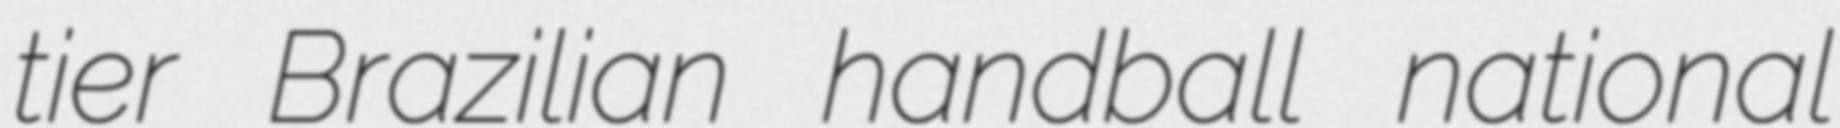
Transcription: tier Brazilian handball national